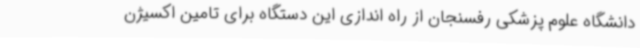
دانشگاه علوم پزشکی رفسنجان از راه اندازی این دستگاه برای تامین اکسیژن